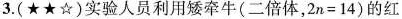
3.(★★☆)实验人员利用矮牵牛(二倍体，$$2 n = 1 4$$ )的红